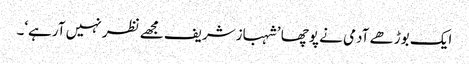
ایک بوڑھے آدمی نے پوچھا ’شہبازشریف مجھے نظر نہیں آرہے‘۔